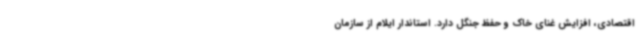
اقتصادی، افزایش غنای خاک و حفظ جنگل دارد. استاندار ایلام از سازمان